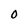
Character: 0